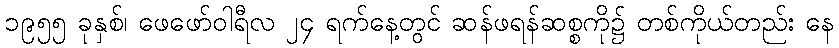
၁၉၅၅ ခုနှစ်၊ ဖေဖော်ဝါရီလ ၂၄ ရက်နေ့တွင် ဆန်ဖရန်ဆစ္စကို၌ တစ်ကိုယ်တည်း နေ